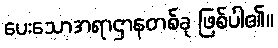
ပေးသောအရာဌာနတစ်ခု ဖြစ်ပါ၏။